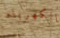
بالكهرباء